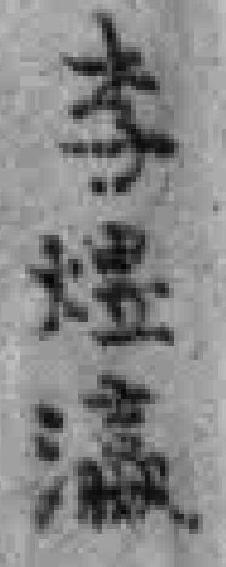
李煜瀛